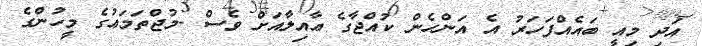
އަދި މިއީ ބައެއްފަހަރު އެ އަންހެން ކުއްޖާގެ ޢާއިލާއަށް ވެސް -މުޖްތަމަޢުގެ މީހުންގެ